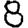
Digit: 8